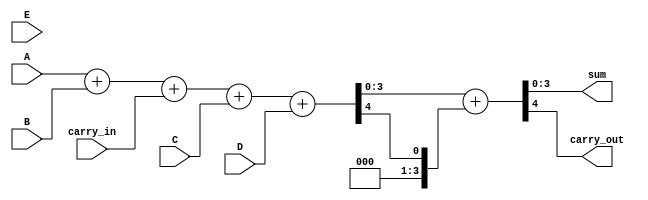
module MCSA #(parameter WIDTH = 4, parameter NUM_INPUTS = 3) (
    input  [WIDTH-1:0] A, 
    input  [WIDTH-1:0] B, 
    input  [WIDTH-1:0] C, 
    input  [WIDTH-1:0] D, // Additional inputs can be added as needed
    input  [WIDTH-1:0] E, // Up to NUM_INPUTS
    input  carry_in,
    output [WIDTH-1:0] sum,
    output carry_out
);

    // Internal wires for partial sums and carries
    wire [WIDTH-1:0] partial_sum [0:NUM_INPUTS-1];
    wire [WIDTH-1:0] carry [0:NUM_INPUTS-1];

    // Generate partial sums and carries using full adders
    genvar i;
    generate
        for (i = 0; i < NUM_INPUTS; i = i + 1) begin : adder_gen
            if (i == 0) begin
                // First input with carry_in
                assign {carry[i], partial_sum[i]} = A + B + carry_in;
            end else if (i == 1) begin
                assign {carry[i], partial_sum[i]} = partial_sum[i-1] + C;
            end else if (i == 2) begin
                assign {carry[i], partial_sum[i]} = partial_sum[i-1] + D;
            end else if (i == 3) begin
                assign {carry[i], partial_sum[i]} = partial_sum[i-1] + E;
            end
        end
    endgenerate

    // Final sum phase: Combine the last partial sum and carry
    assign {carry_out, sum} = partial_sum[NUM_INPUTS-1] + carry[NUM_INPUTS-1];

endmodule